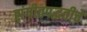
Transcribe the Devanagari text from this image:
संगीतपद्धतीचे